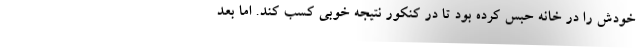
خودش را در خانه حبس کرده بود تا در کنکور نتیجه خوبی کسب کند. اما بعد